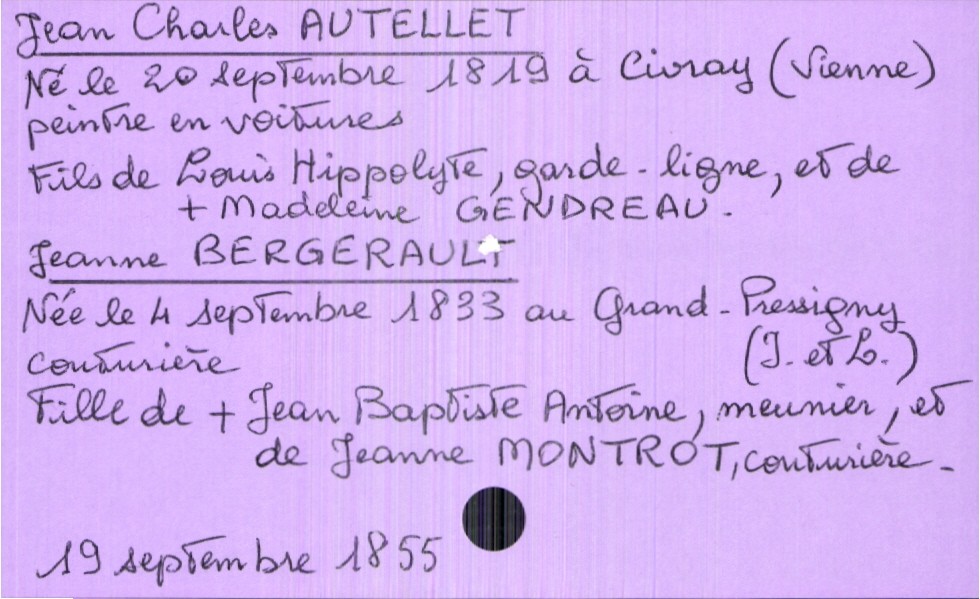
type_acte: Mariage
année: 1855
mois: septembre
jour: 19
marié_nom: Autellet
marié_prénom: Jean Charles
marié_profession: peintre en voitures
marié_date_de_naissance: 20 septembre 1819
marié_lieu_de_naissance: Civray (Vienne)
père_marié_nom: Autellet
père_marié_prénom: Louis Hippolyte
père_marié_profession: garde-ligne
mère_marié_nom: Gendreau
mère_marié_prénom: Madeleine
mère_marié_statut: décédée
mariée_nom: Bergerault
mariée_prénom: Jeanne
mariée_profession: couturière
mariée_date_de_naissance: 4 septembre 1833
mariée_lieu_de_naissance: Grand-Pressigny (Indre et Loire)
père_mariée_nom: Bergerault
père_mariée_prénom: Jean Baptiste Antoine
père_mariée_profession: meunier
père_mariée_statut: décédé
mère_mariée_nom: Montrot
mère_mariée_prénom: Jeanne
mère_mariée_profession: couturière